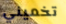
تخميني